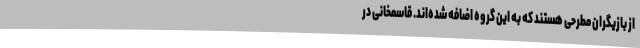
از بازیگران مطرحی هستند که به این گروه اضافه شده‌اند. قاسمخانی در